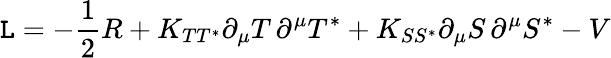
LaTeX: {\cal{\mathtt{L}}}=-\frac{{1}}{{2}}R+K_{TT^{*}}\partial_{\mu}T\, \partial^{\mu}T^{*}+K_{SS^{*}}\partial_{\mu}S\, \partial^{\mu}S^{*}-V